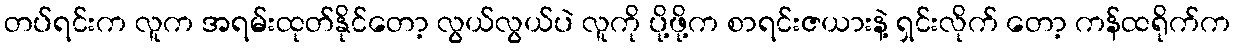
တပ်ရင်းက လူက အရမ်းထုတ်နိုင်တော့ လွယ်လွယ်ပဲ လူကို ပို့ဖို့က စာရင်းဇယားနဲ့ ရှင်းလိုက် တော့ ကန်ထရိုက်က